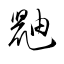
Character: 鼬